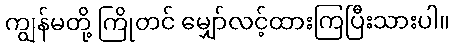
ကျွန်မတို့ ကြိုတင် မျှော်လင့်ထားကြပြီးသားပါ။